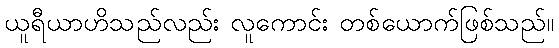
ယူရီယာဟိသည်လည်း လူကောင်း တစ်ယောက်ဖြစ်သည်။